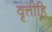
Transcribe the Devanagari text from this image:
वृत्तीहि